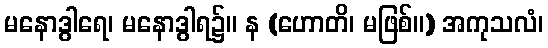
မနောဒွါရေ၊ မနောဒွါရ၌။ န (ဟောတိ၊ မဖြစ်။) အကုသလံ၊